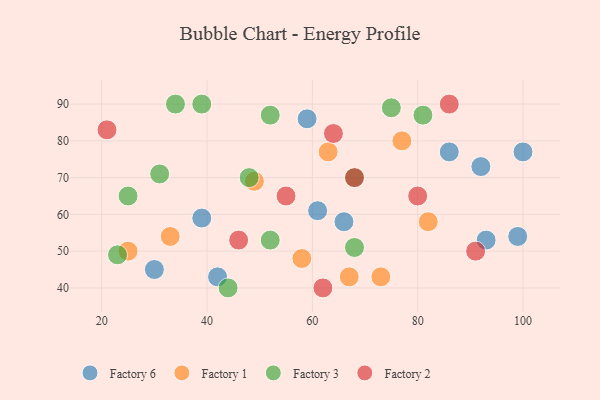
{"axis": {"x": "GDP", "y": "Life Expectancy"}, "legend": ["Factory 1", "Factory 2", "Factory 3", "Factory 6"], "data": [{"x": "30", "y": 45, "type": "Factory 6"}, {"x": "93", "y": 53, "type": "Factory 6"}, {"x": "66", "y": 58, "type": "Factory 6"}, {"x": "39", "y": 59, "type": "Factory 6"}, {"x": "61", "y": 61, "type": "Factory 6"}, {"x": "42", "y": 43, "type": "Factory 6"}, {"x": "100", "y": 77, "type": "Factory 6"}, {"x": "59", "y": 86, "type": "Factory 6"}, {"x": "99", "y": 54, "type": "Factory 6"}, {"x": "92", "y": 73, "type": "Factory 6"}, {"x": "86", "y": 77, "type": "Factory 6"}, {"x": "33", "y": 54, "type": "Factory 1"}, {"x": "49", "y": 69, "type": "Factory 1"}, {"x": "25", "y": 50, "type": "Factory 1"}, {"x": "82", "y": 58, "type": "Factory 1"}, {"x": "67", "y": 43, "type": "Factory 1"}, {"x": "58", "y": 48, "type": "Factory 1"}, {"x": "73", "y": 43, "type": "Factory 1"}, {"x": "77", "y": 80, "type": "Factory 1"}, {"x": "63", "y": 77, "type": "Factory 1"}, {"x": "23", "y": 49, "type": "Factory 3"}, {"x": "34", "y": 90, "type": "Factory 3"}, {"x": "25", "y": 65, "type": "Factory 3"}, {"x": "31", "y": 71, "type": "Factory 3"}, {"x": "75", "y": 89, "type": "Factory 3"}, {"x": "44", "y": 40, "type": "Factory 3"}, {"x": "81", "y": 87, "type": "Factory 3"}, {"x": "68", "y": 51, "type": "Factory 3"}, {"x": "39", "y": 90, "type": "Factory 3"}, {"x": "68", "y": 70, "type": "Factory 3"}, {"x": "52", "y": 87, "type": "Factory 3"}, {"x": "48", "y": 70, "type": "Factory 3"}, {"x": "52", "y": 53, "type": "Factory 3"}, {"x": "55", "y": 65, "type": "Factory 2"}, {"x": "64", "y": 82, "type": "Factory 2"}, {"x": "86", "y": 90, "type": "Factory 2"}, {"x": "62", "y": 40, "type": "Factory 2"}, {"x": "68", "y": 70, "type": "Factory 2"}, {"x": "80", "y": 65, "type": "Factory 2"}, {"x": "91", "y": 50, "type": "Factory 2"}, {"x": "46", "y": 53, "type": "Factory 2"}, {"x": "21", "y": 83, "type": "Factory 2"}]}